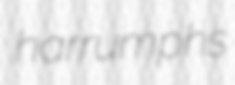
harrumphs